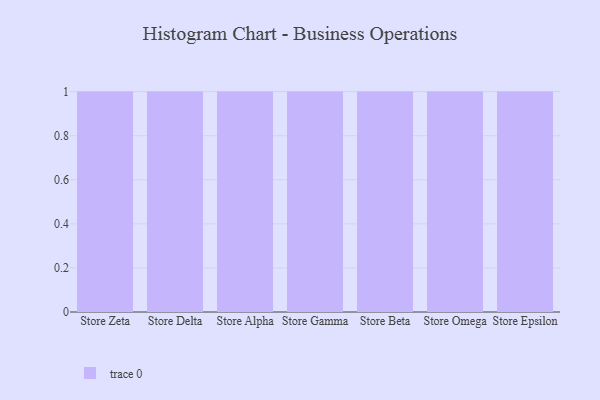
{"axis": {"x": "Store", "y": "Demand Index"}, "legend": [""], "data": [{"x": "Store Zeta", "y": 96, "type": ""}, {"x": "Store Delta", "y": 32, "type": ""}, {"x": "Store Alpha", "y": 58, "type": ""}, {"x": "Store Gamma", "y": 27, "type": ""}, {"x": "Store Beta", "y": 18, "type": ""}, {"x": "Store Omega", "y": 76, "type": ""}, {"x": "Store Epsilon", "y": 65, "type": ""}]}